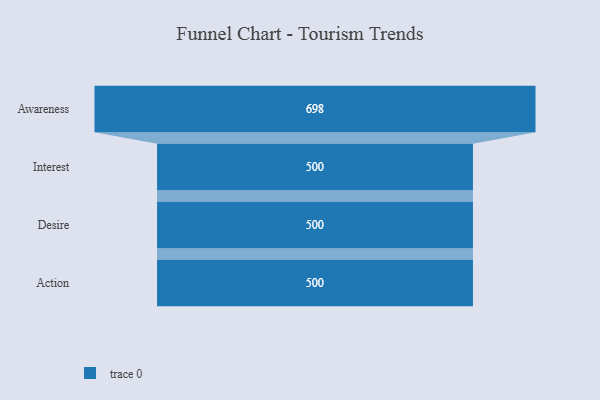
{"axis": {"x": "Stage", "y": "Value"}, "legend": [""], "data": [{"x": "Awareness", "y": 698.0, "type": ""}, {"x": "Interest", "y": 500.0, "type": ""}, {"x": "Desire", "y": 500, "type": ""}, {"x": "Action", "y": 500, "type": ""}]}